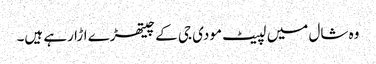
وہ شال میں لپیٹ مودی جی کے چیتھڑے اڑا رہے ہیں۔